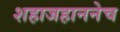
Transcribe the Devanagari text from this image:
शहाजहाननेच